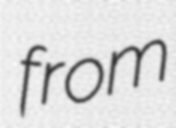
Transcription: from